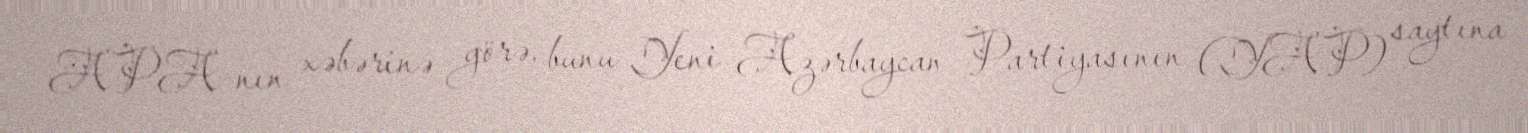
APA-nın xəbərinə görə, bunu Yeni Azərbaycan Partiyasının (YAP) saytına